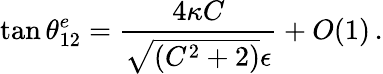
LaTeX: \tan\theta_{12}^{e}=\frac{4\kappa C}{\sqrt{(C^{2}+2)}\epsilon}+O(1)\, .